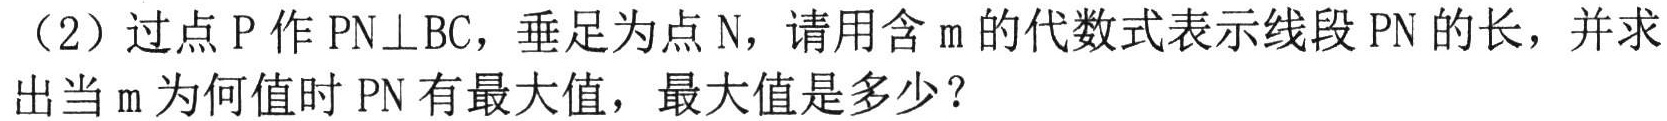
（2）过点P作PN⊥BC，垂足为点N，请用含m的代数式表示线段PN的长，并求出当m为何值时PN有最大值，最大值是多少？